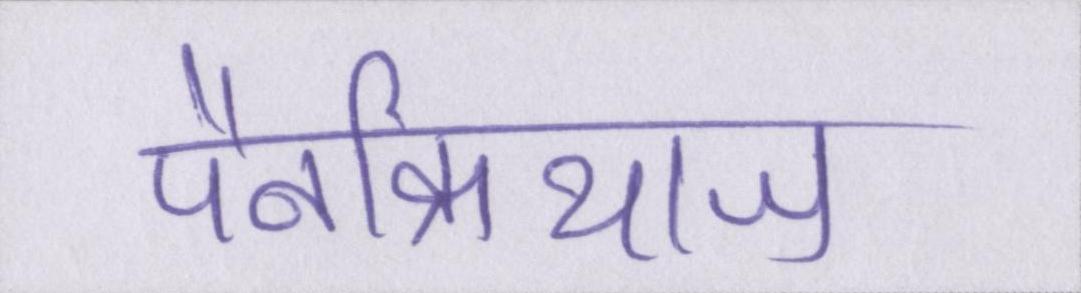
पैनक्रियाज